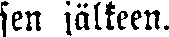
sen jälkeen.